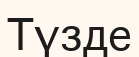
Түзде